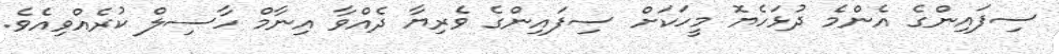
ސިފައިންގެ އެންމެ ދުޅަހެޔޮ މީހަކަށް ސިފައިންގެ ވެރިޔާ ދެއްވާ އިނާމް ހާސިލް ކުރެއްވިއެވެ.